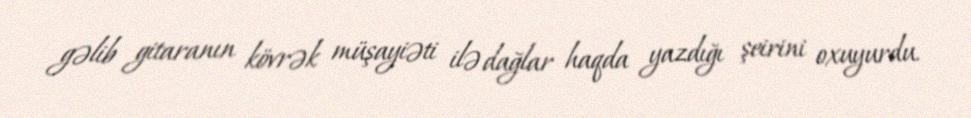
gəlib gitaranın kövrək müşayiəti ilə dağlar haqda yazdığı şeirini oxuyurdu.